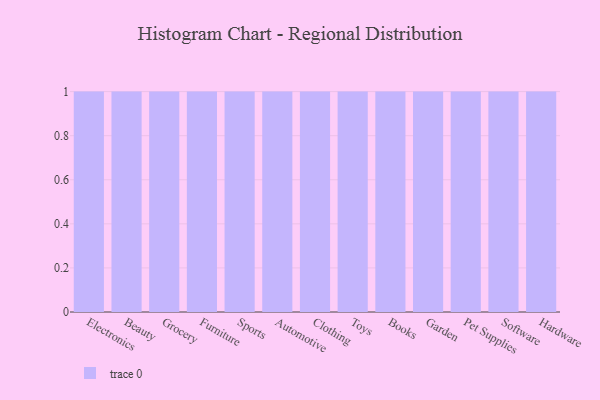
{"axis": {"x": "Category", "y": "Demand Index"}, "legend": [""], "data": [{"x": "Electronics", "y": 49, "type": ""}, {"x": "Beauty", "y": 32, "type": ""}, {"x": "Grocery", "y": 46, "type": ""}, {"x": "Furniture", "y": 98, "type": ""}, {"x": "Sports", "y": 14, "type": ""}, {"x": "Automotive", "y": 97, "type": ""}, {"x": "Clothing", "y": 73, "type": ""}, {"x": "Toys", "y": 76, "type": ""}, {"x": "Books", "y": 81, "type": ""}, {"x": "Garden", "y": 58, "type": ""}, {"x": "Pet Supplies", "y": 83, "type": ""}, {"x": "Software", "y": 61, "type": ""}, {"x": "Hardware", "y": 21, "type": ""}]}